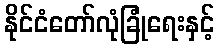
နိုင်ငံတော်လုံခြုံရေးနှင့်